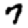
Digit: 7